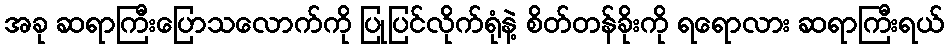
အခု ဆရာကြီးပြောသလောက်ကို ပြုပြင်လိုက်ရုံနဲ့ စိတ်တန်ခိုးကို ရရောလား ဆရာကြီးရယ်